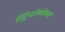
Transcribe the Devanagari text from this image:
स्ट्रिप्टोकोकस